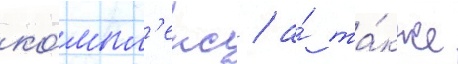
ко́мпл'екс / а́ та́кже